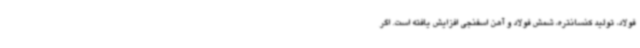
فولاد، تولید کنسانتره، شمش فولاد و آهن اسفنجی افزایش یافته است. اگر